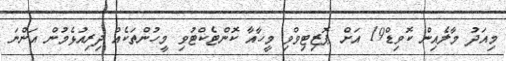
މިއަދު މާލެއިން ކޮވިޑް19 އަށް ޕޮޒިޓިވްވި މީހާއާ ކޮންޓެކްޓުވި މީހުންތަކެއް ދިރިއުޅެމުން އަންނަ